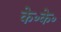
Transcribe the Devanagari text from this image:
के॰के॰